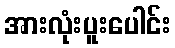
အားလုံးပူးပေါင်း